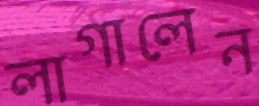
লাগালেন